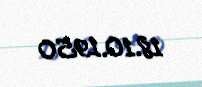
18.10.1950